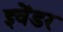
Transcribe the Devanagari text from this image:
इवेंडर